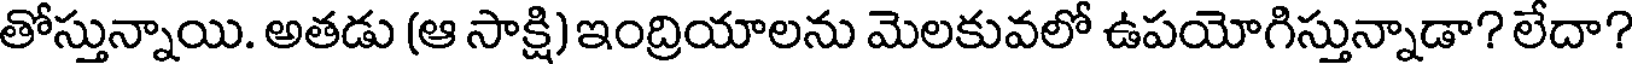
తోస్తున్నాయి. అతడు (ఆ సాక్షి) ఇంద్రియాలను మెలకువలో ఉపయోగిస్తున్నాడా? లేదా?